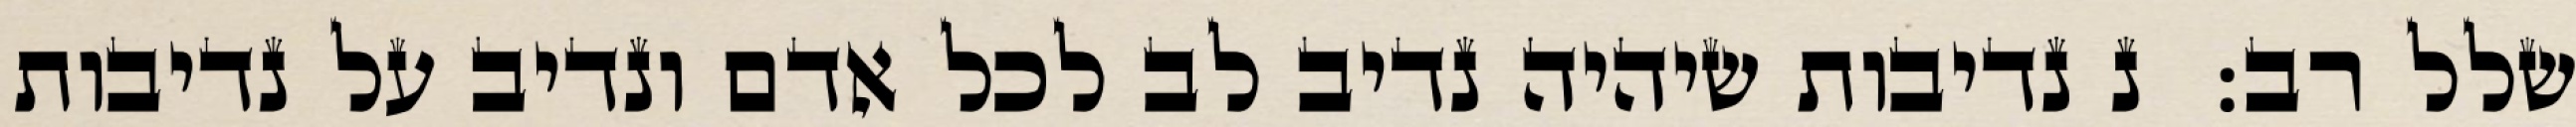
שלל רב:  נ נדיבות שיהיה נדיב לב לכל אדם ונדיב על נדיבות